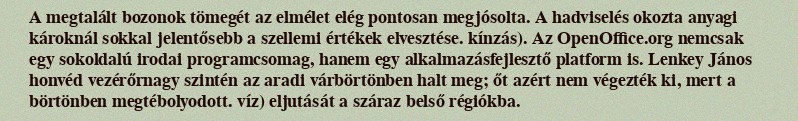
A megtalált bozonok tömegét az elmélet elég pontosan megjósolta. A hadviselés okozta anyagi károknál sokkal jelentősebb a szellemi értékek elvesztése. kínzás). Az OpenOffice.org nemcsak egy sokoldalú irodai programcsomag, hanem egy alkalmazásfejlesztő platform is. Lenkey János honvéd vezérőrnagy szintén az aradi várbörtönben halt meg; őt azért nem végezték ki, mert a börtönben megtébolyodott. víz) eljutását a száraz belső régiókba.